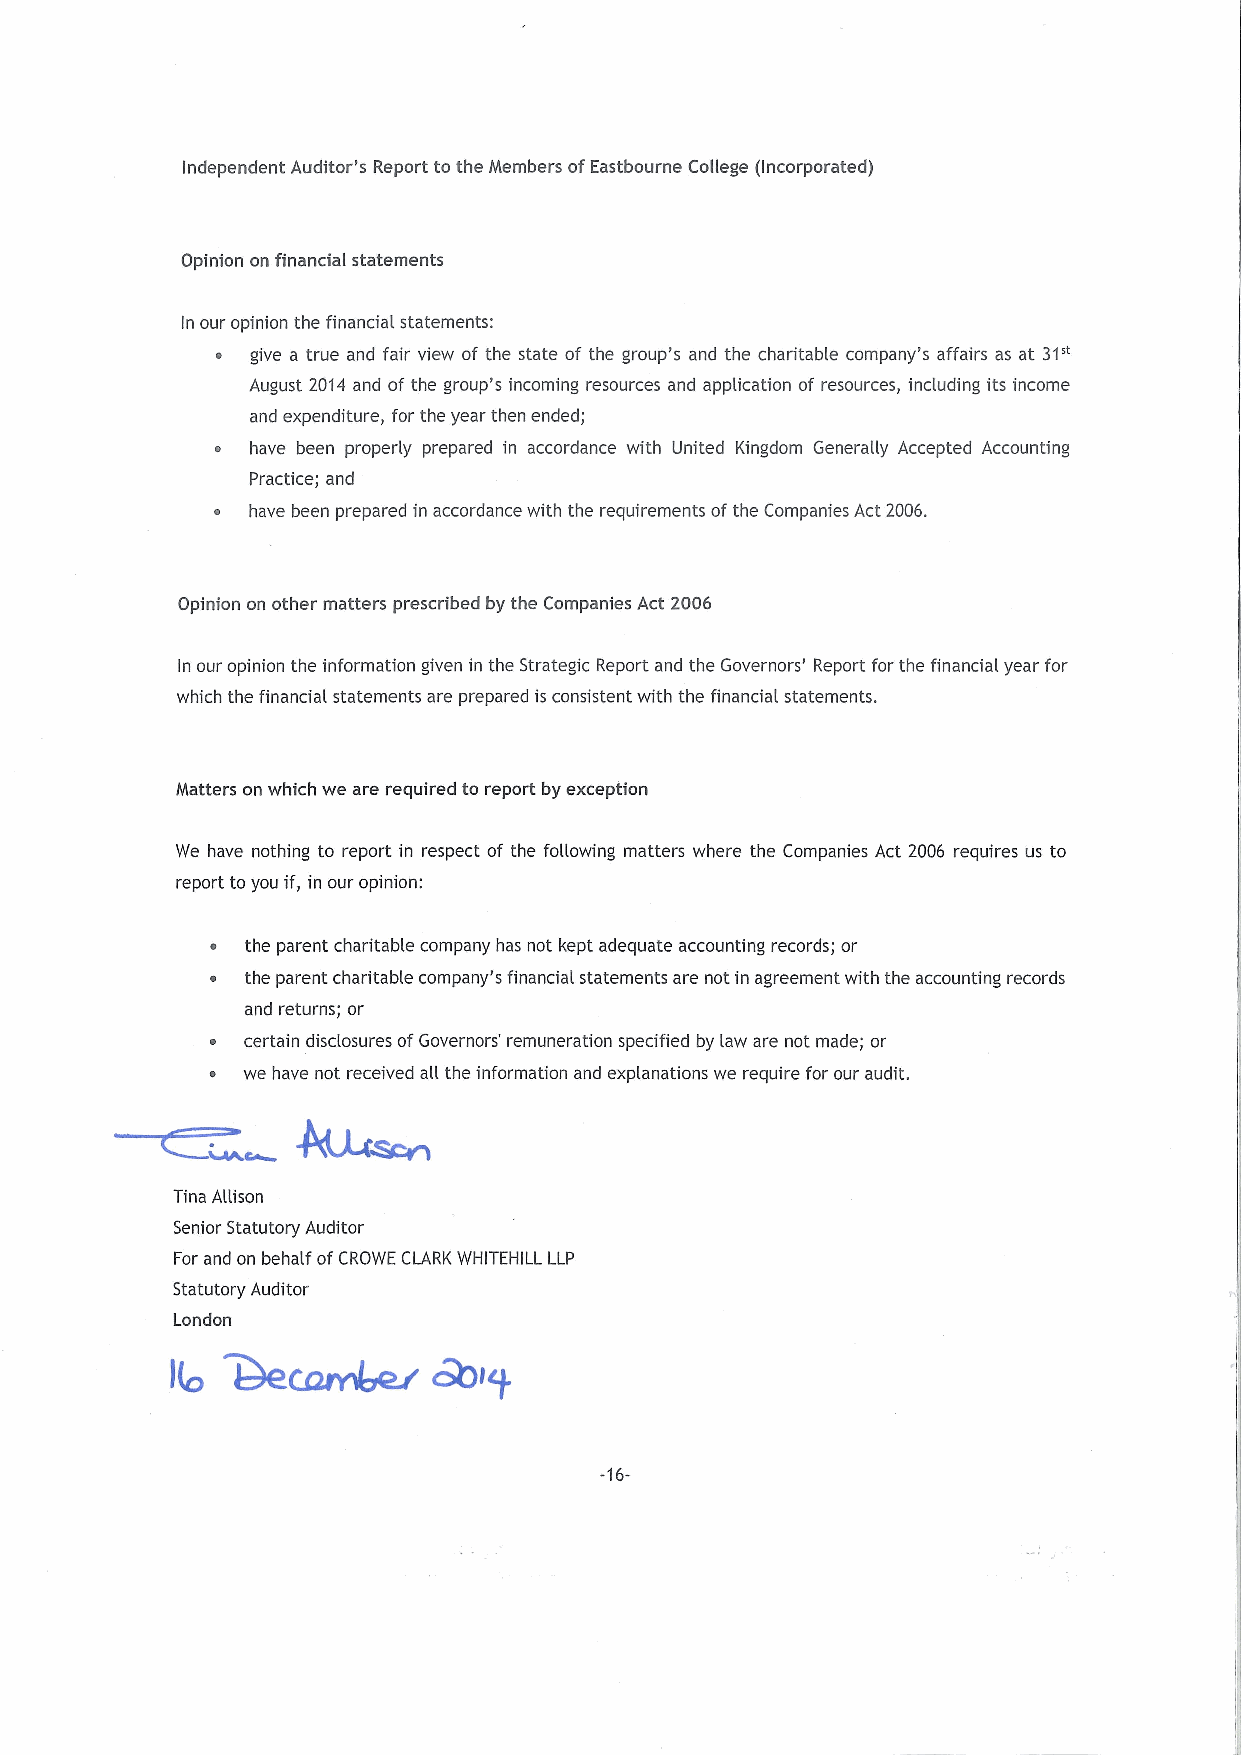
Independent Auditor's Report to the Members ofEastbourne College (Incorporated)
 Opinion on financial statements
 In our opinion the financial statements:
 ~  give a true and fair view of the state of the group's and the charitable company's affairs as at 31"
 August 2014 and of the group's incoming resources and application of resources, including its income
 and expenditure, for the year then ended;
 ~  have been properly prepared in accordance with United Kingdom Generally Accepted Accounting
 Practice; and
 ~ have been prepared in accordance with the requirements ofthe Companies Act 2006.
 Opinion on other matters prescribed by the Companies Act 2006
 In our opinion the information given in the Strategic Report and the Governors' Report for the financial year for
 which the financial statements are prepared is consistent with the financial statements.
 Matters on which we are required to report by exception
 We have nothing to report in respect of the following matters where the Companies Act 2006 requires us to
 report to you if, in our opinion:
 ~ the parent charitable company has not kept adequate accounting records; or
 ~ the parent charitable company's financial statements are not in agreement with the accounting records
 and returns; or
 ~ certain disclosures ofGovernors' remuneration specified by law are not made; or
 ~ we have not received all the information and explanations we require for our audit.
 Tina Allison
 Senior Statutory Auditor
 For and on behalf ofCROWE CLARK WHITEHILL LLP
 Statutory Auditor
 London
 ~lp
 -16-